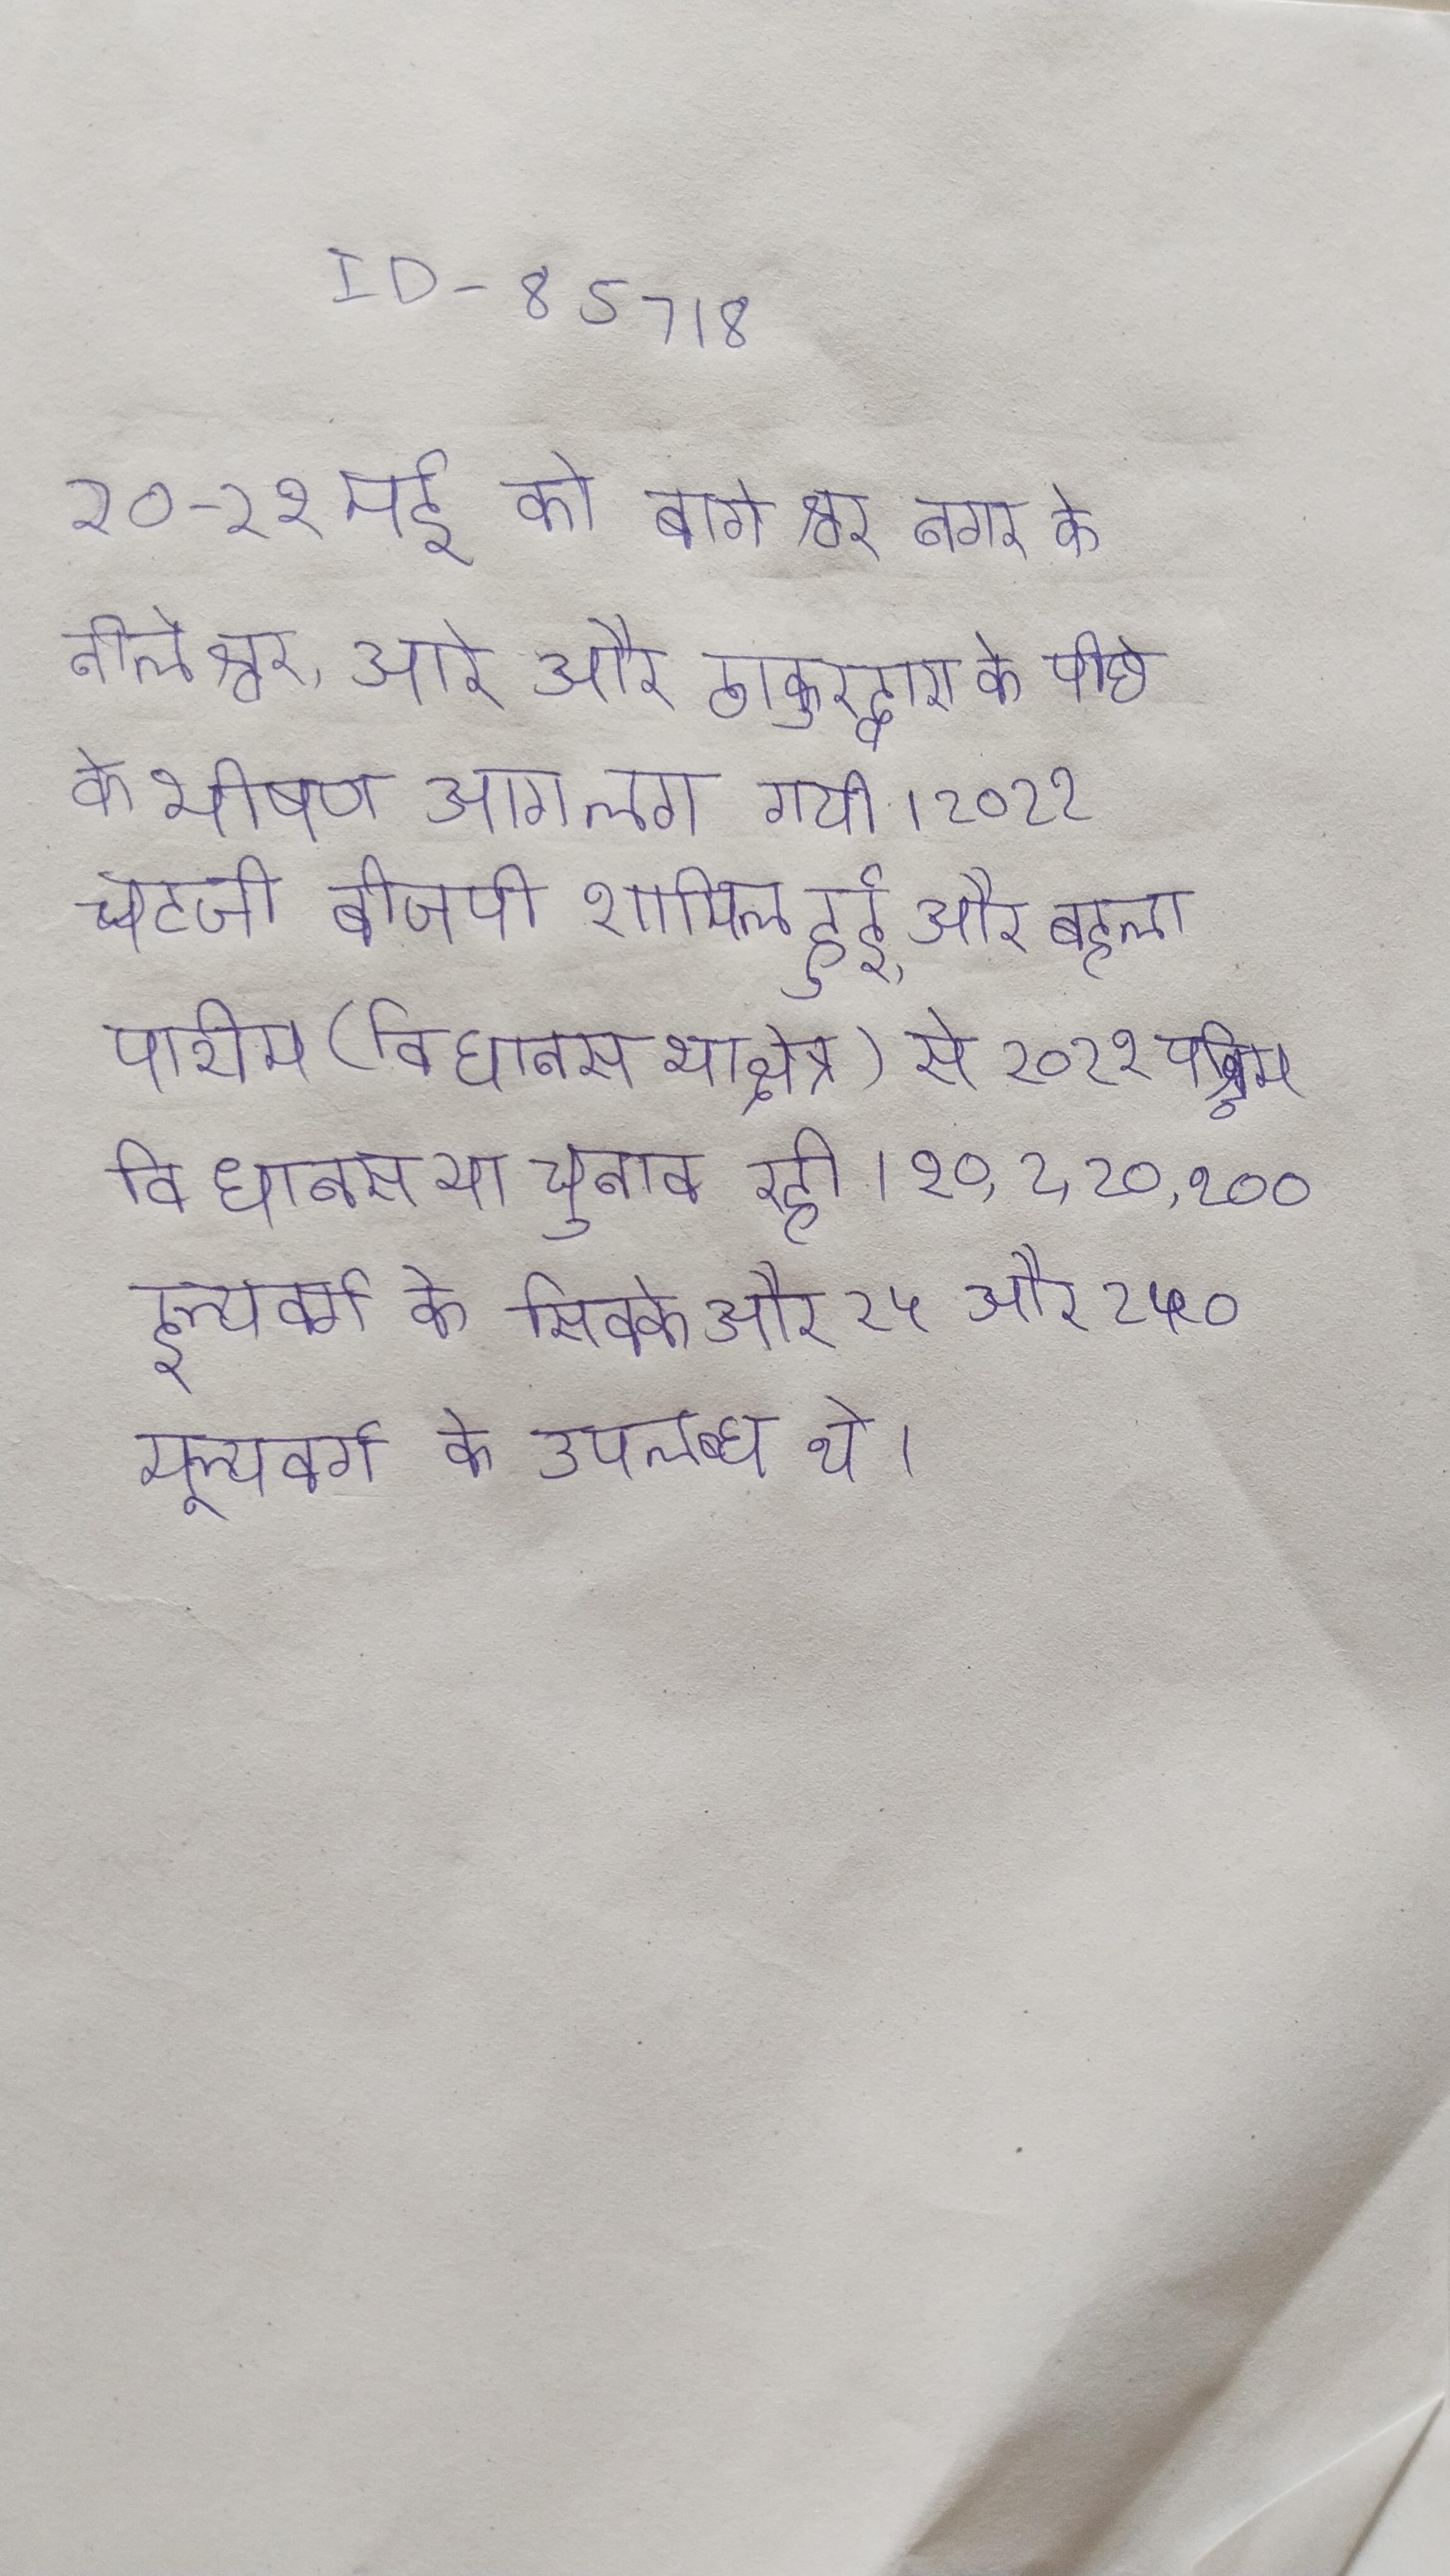
२०-२१ मई को बागेश्वर नगर के नीलेश्वर, आरे और ठाकुरद्वारा के पीछे के भीषण आग लग गयी । २०२१ चटर्जी बीजेपी शामिल हुई, और बेहला पशिम (विधानसभा क्षेत्र) से २०२१ पश्चिम विधानसभा चुनाव रही । २०, २, २०, २०० इत्यादि के स्थान पर मूल्यवर्ग के सिक्के और २५ और २५० मूल्यवर्ग के उपलब्ध थे ।